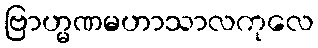
ဗြာဟ္မဏမဟာသာလကုလေ